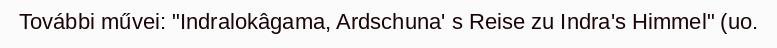
További művei: "Indralokâgama, Ardschuna' s Reise zu Indra's Himmel" (uo.